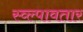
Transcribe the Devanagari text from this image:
स्व्ल्पावतार